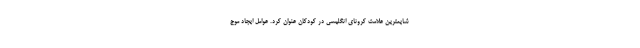
شایعترین علامت کرونای انگلیسی در کودکان عنوان کرد. عوامل ایجاد موج